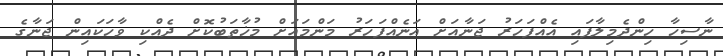
ނާސިހާ ހިންދެމިލާފައި އެއްފަހަރު ޖަނާއަށް އަނެއްފަހަރު މަންމައަށް މުޚާތަބުކޮށް ދެއްކި ވާހަކައިން ޖަނާގެ